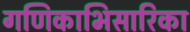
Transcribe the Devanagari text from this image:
गणिकाभिसारिका